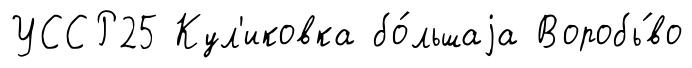
УССР25 Кул'иковка бо́льшаjа Воробь́во